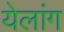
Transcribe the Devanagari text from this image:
येलांग